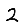
Digit: 2